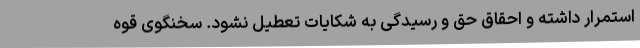
استمرار داشته و احقاق حق و رسیدگی به شکایات تعطیل نشود. سخنگوی قوه